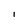
Character: I